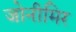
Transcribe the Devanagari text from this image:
जोनीमिर